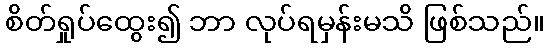
စိတ်ရှုပ်ထွေး၍ ဘာ လုပ်ရမှန်းမသိ ဖြစ်သည်။